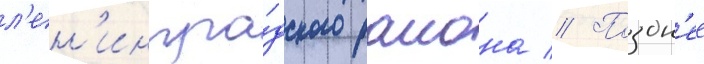
л'ен'ингра́дского раиона // Поздн'ее